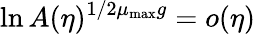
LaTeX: \ln A(\eta)^{1/2\mu_{\mathrm{max}}g}=o(\eta)